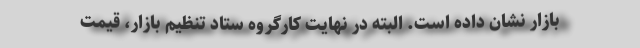
بازار نشان داده است. البته در نهایت کارگروه ستاد تنظیم بازار، قیمت